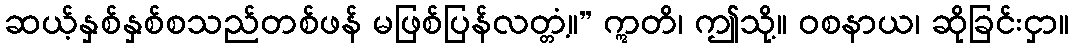
ဆယ့်နှစ်နှစ်စသည်တစ်ဖန် မဖြစ်ပြန်လတ္တံ့။” ဣတိ၊ ဤသို့။ ဝစနာယ၊ ဆိုခြင်းငှာ။